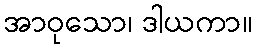
အာဝုသော၊ ဒါယကာ။